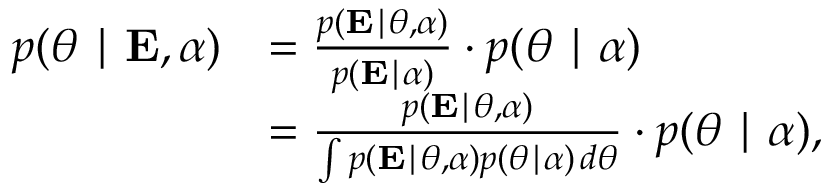
{ \begin{array} { r l } { p ( { \boldsymbol { \theta } } \mid \mathbf { E } , { \boldsymbol { \alpha } } ) } & { = { \frac { p ( \mathbf { E } \mid { \boldsymbol { \theta } } , { \boldsymbol { \alpha } } ) } { p ( \mathbf { E } \mid { \boldsymbol { \alpha } } ) } } \cdot p ( { \boldsymbol { \theta } } \mid { \boldsymbol { \alpha } } ) } \\ & { = { \frac { p ( \mathbf { E } \mid { \boldsymbol { \theta } } , { \boldsymbol { \alpha } } ) } { \int p ( \mathbf { E } \mid { \boldsymbol { \theta } } , { \boldsymbol { \alpha } } ) p ( { \boldsymbol { \theta } } \mid { \boldsymbol { \alpha } } ) \, d { \boldsymbol { \theta } } } } \cdot p ( { \boldsymbol { \theta } } \mid { \boldsymbol { \alpha } } ) , } \end{array} }